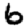
Digit: 6